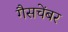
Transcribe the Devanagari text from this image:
गैसचेंबर